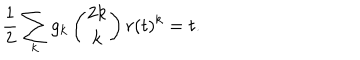
\frac 1 2 \sum _ { k } g _ { k } \left( { 2 k \atop k } \right) r ( t ) ^ { k } = t .